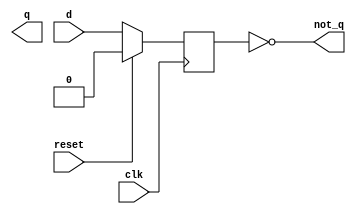
module DFF_reset (
    input d,
    input clk,
    input reset,
    output q,
    output not_q
);
    reg q_reg;
    assign not_q = ~q_reg;

    always @(posedge clk) begin
        if (reset) q_reg <= 1'b0;
        else q_reg <= d;
    end
endmodule